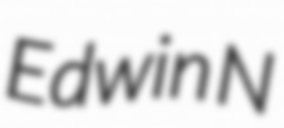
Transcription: Edwin N